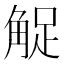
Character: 𧣫